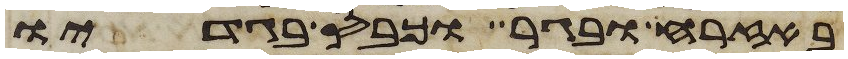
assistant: באזרח ובגר וכבס בגדיו